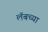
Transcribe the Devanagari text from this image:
लॅबच्या